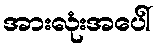
အားလုံးအပေါ်